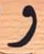
و